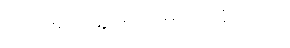
ဘဝအတွေ့အကြုံများ ရရှိသည်။